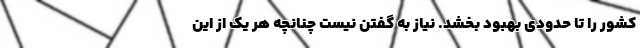
کشور را تا حدودی بهبود بخشد. نیاز به گفتن نیست چنانچه هر یک از این